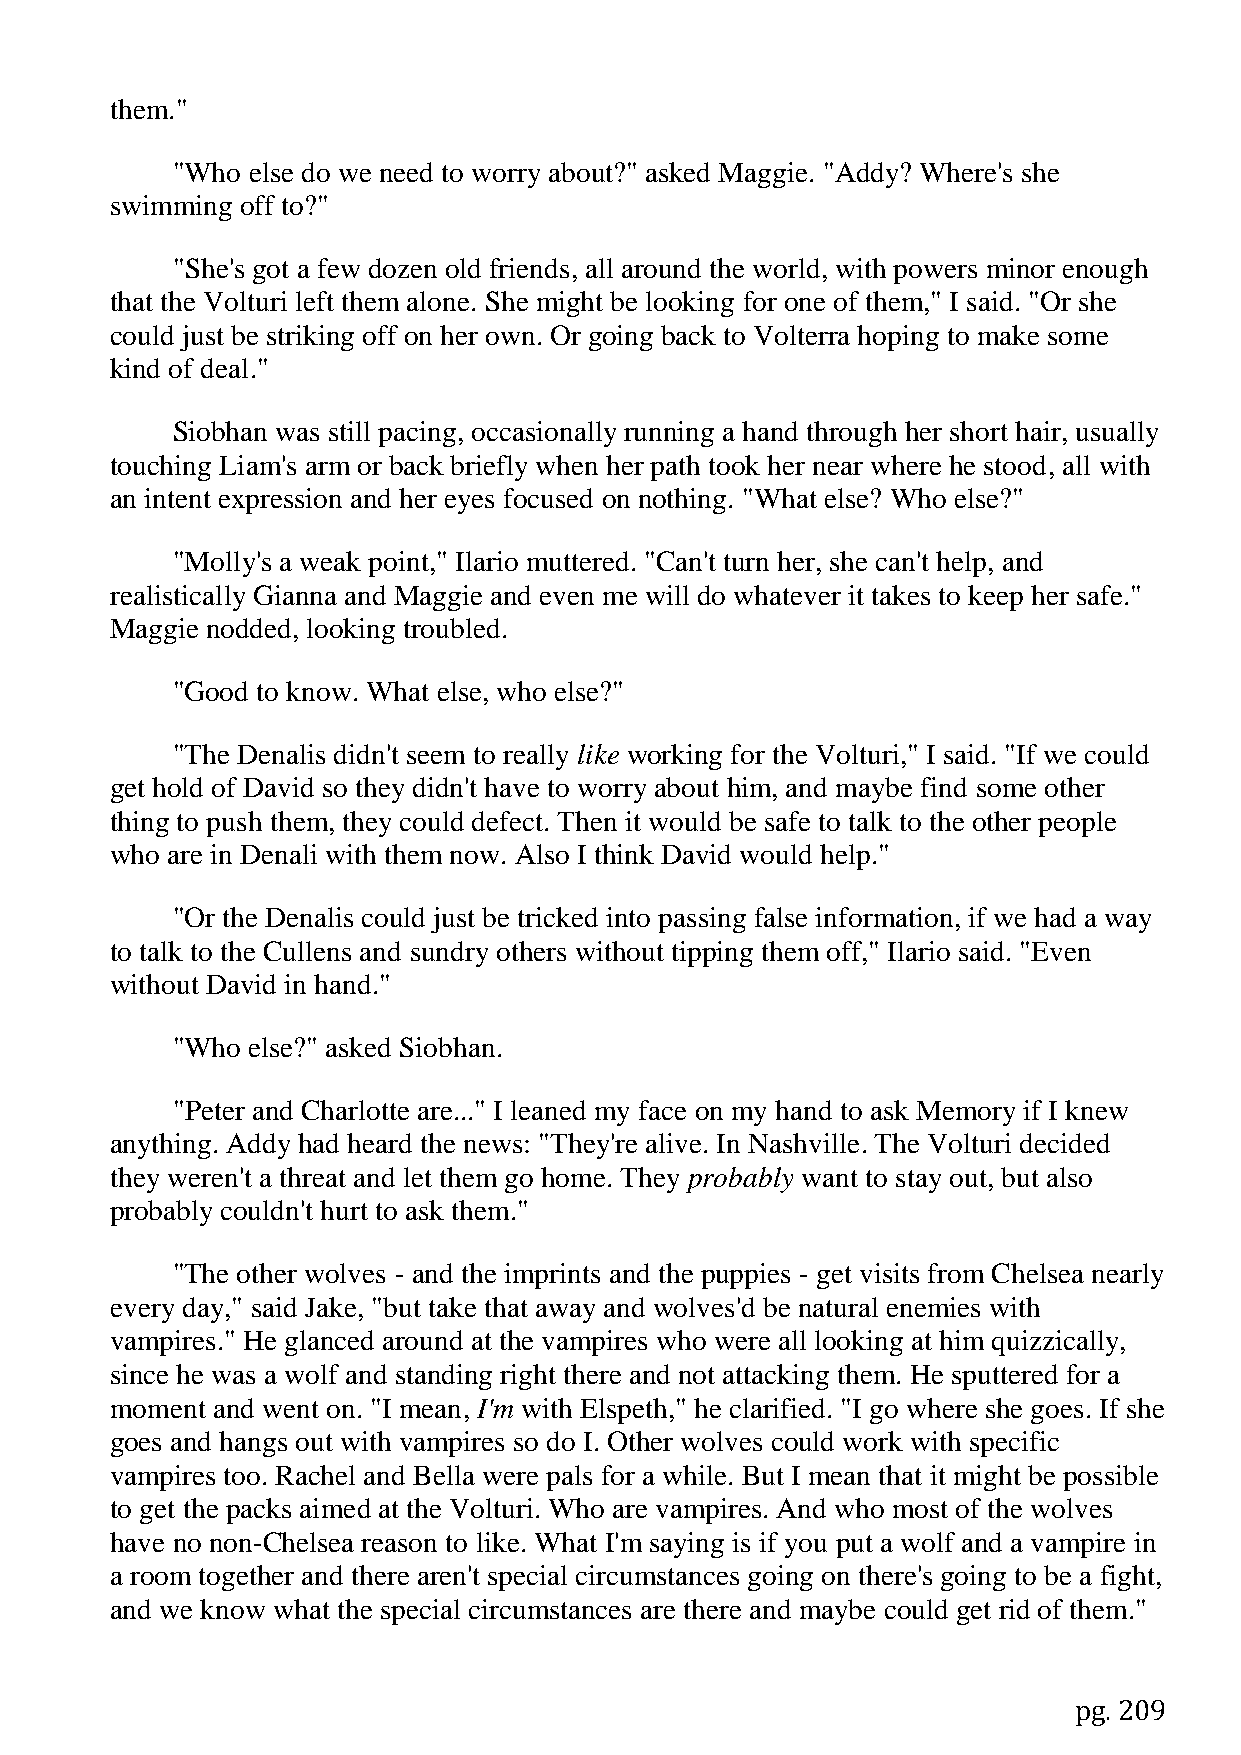
them."
 "Who else do we need to worry about?" asked Maggie. "Addy? Where's she
 swimming off to?"
 "She's got a few dozen old friends, all around the world, with powers minor enough
 that the Volturi left them alone. She might be looking for one of them," I said. "Or she
 could just be striking off on her own. Or going back to Volterra hoping to make some
 kind of deal."
 Siobhan was still pacing, occasionally running a hand through her short hair, usually
 touching Liam's arm or back briefly when her path took her near where he stood, all with
 an intent expression and her eyes focused on nothing. "What else? Who else?"
 "Molly's a weak point," Ilario muttered. "Can't turn her, she can't help, and
 realistically Gianna and Maggie and even me will do whatever it takes to keep her safe."
 Maggie nodded, looking troubled.
 "Good to know. What else, who else?"
 "The Denalis didn't seem to really like working for the Volturi," I said. "If we could
 get hold of David so they didn't have to worry about him, and maybe find some other
 thing to push them, they could defect. Then it would be safe to talk to the other people
 who are in Denali with them now. Also I think David would help."
 "Or the Denalis could just be tricked into passing false information, if we had a way
 to talk to the Cullens and sundry others without tipping them off," Ilario said. "Even
 without David in hand."
 "Who else?" asked Siobhan.
 "Peter and Charlotte are..." I leaned my face on my hand to ask Memory if I knew
 anything. Addy had heard the news: "They're alive. In Nashville. The Volturi decided
 they weren't a threat and let them go home. They probably want to stay out, but also
 probably couldn't hurt to ask them."
 "The other wolves - and the imprints and the puppies - get visits from Chelsea nearly
 every day," said Jake, "but take that away and wolves'd be natural enemies with
 vampires." He glanced around at the vampires who were all looking at him quizzically,
 since he was a wolf and standing right there and not attacking them. He sputtered for a
 moment and went on. "I mean, I'm with Elspeth," he clarified. "I go where she goes. If she
 goes and hangs out with vampires so do I. Other wolves could work with specific
 vampires too. Rachel and Bella were pals for a while. But I mean that it might be possible
 to get the packs aimed at the Volturi. Who are vampires. And who most of the wolves
 have no non-Chelsea reason to like. What I'm saying is if you put a wolf and a vampire in
 a room together and there aren't special circumstances going on there's going to be a fight,
 and we know what the special circumstances are there and maybe could get rid of them."
 pg. 209